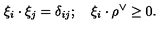
\xi _ { i } \cdot \xi _ { j } = \delta _ { i j } ; \quad \xi _ { i } \cdot \rho ^ { \vee } \geq 0 .